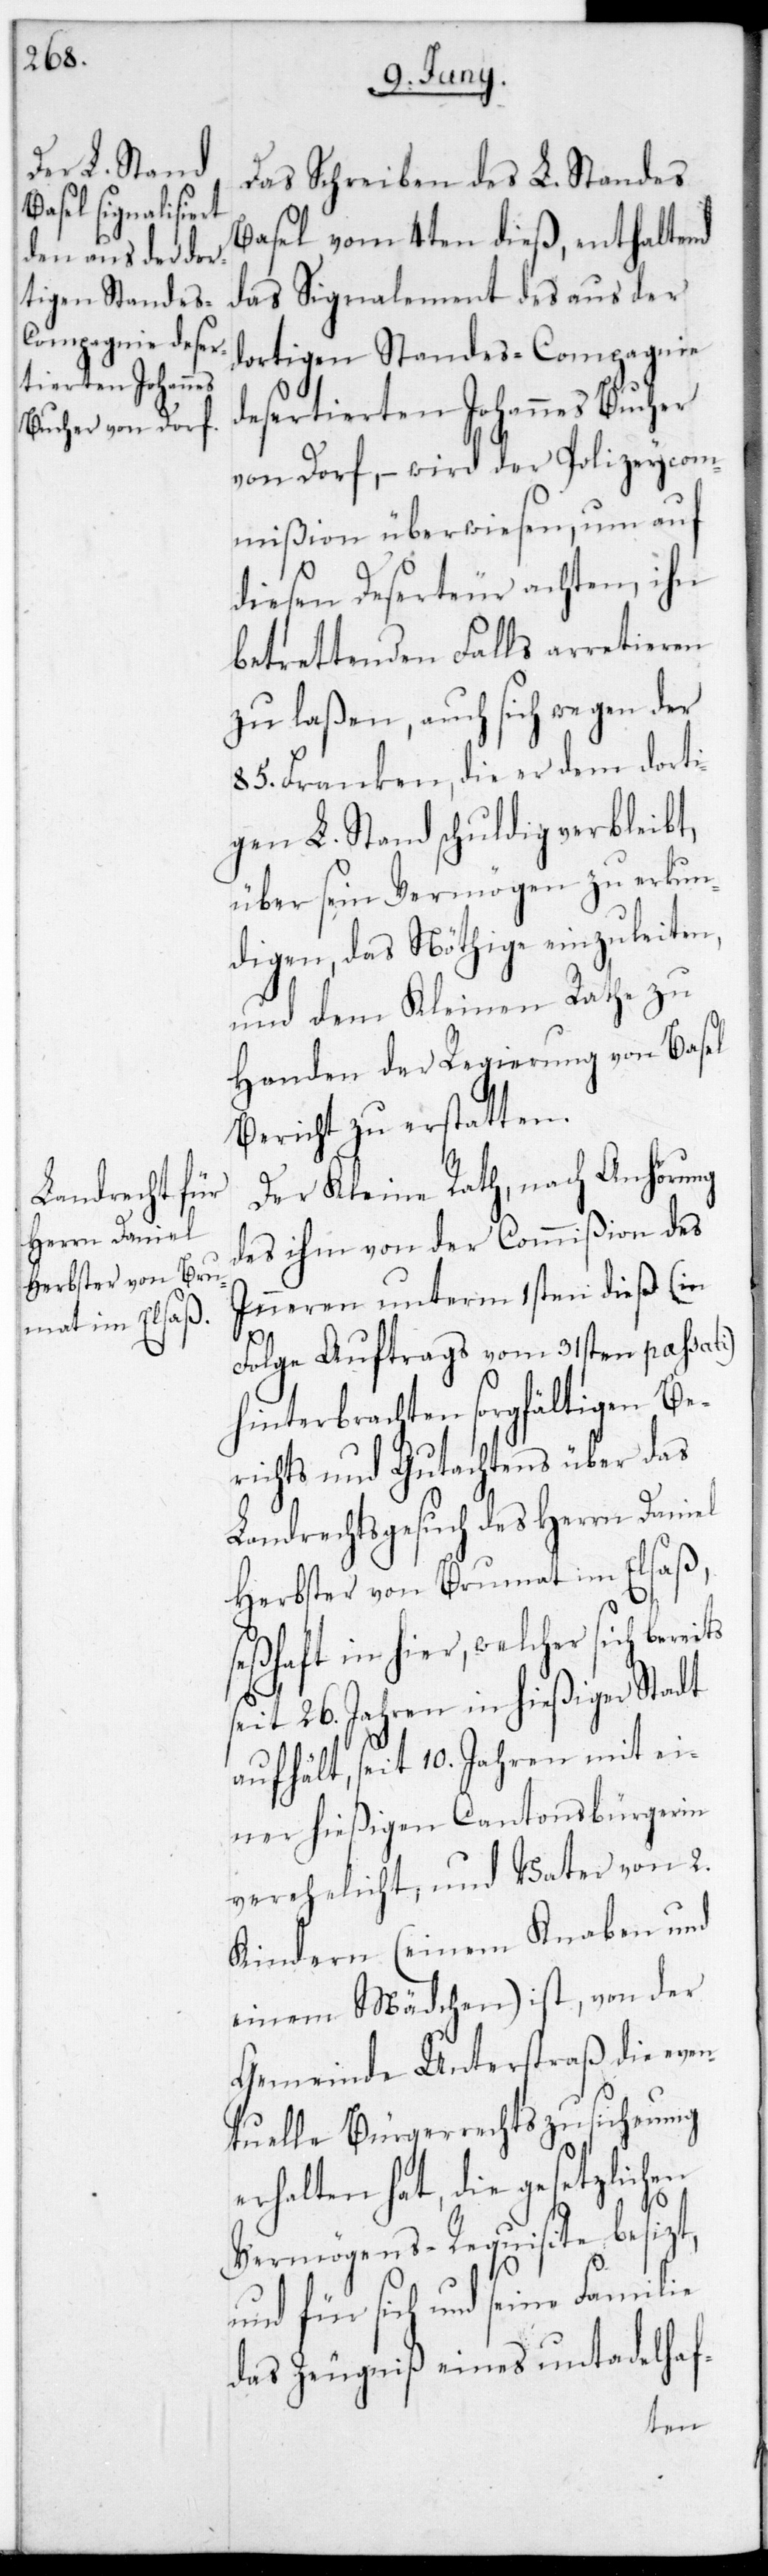
Das Schreiben des L. Standes
Basel vom 4ten dieß, enthaltend
das Signalement des aus der
dortigen Standes-Compagnie
desertierten Johannes Bucher
von Dorf, – wird der Polizey-Com¬
mißion überwiesen, um auf
diesen Deserteur achten, ihn
betrettenden Falls arretieren
zu laßen, auch sich wegen der
85. Franken, die er dem dorti¬
gen L. Stand schuldig verbleibt,
über sein Vermögen zu erkun¬
digen, das Nöthige einzuleiten,
und dem Kleinen Rathe zu
Handen der Regierung von Basel
Bericht zu erstatten.
Der Kleine Rath, nach Anhörung
des ihm von der Commißion des
Inneren unterm 1sten dieß (in
Folge Auftrags vom 31sten passati)
hinterbrachten sorgfältigen Be¬
richts und Gutachtens über das
Landrechtsgesuch des Herrn Daniel
Herbster von Brumath im Elsaß,
seßhaft in hier, welcher sich bere¬
seit 26. Jahren in hießiger Stadt
aufhält, seit 10. Jahren mit ei¬
ner hießigen Cantonsbürgerin
verehelicht, und Vater von
Kindern (einem Knaben und
einem Mädchen) ist, von der
Gemeinde Unterstraß die even¬
tuelle Bürgerrechtszusicherung
erhalten hat, die gesetzlichen
Vermögens-Requisite besitzt,
und für sich und seine Familie
das Zeugniße eines untadelhaf-
its